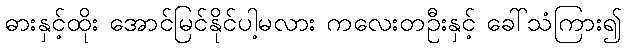
ဓားနှင့်ထိုး အောင်မြင်နိုင်ပါ့မလား ကလေးတဦးနှင့် ခေါ်သံကြား၍